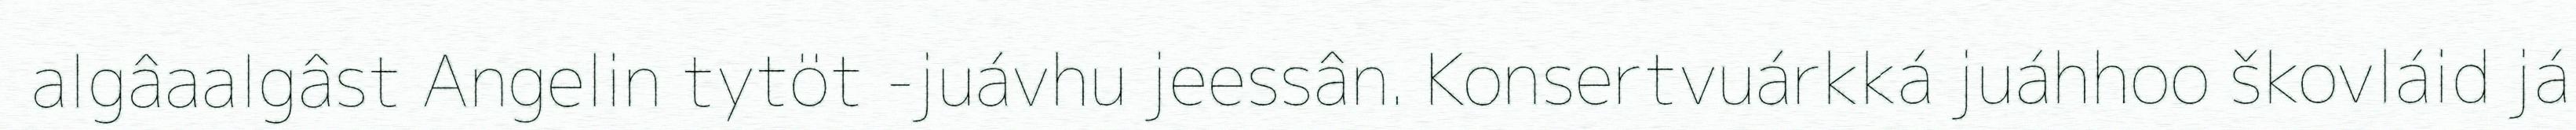
algâaalgâst Angelin tytöt -juávhu jeessân. Konsertvuárkká juáhhoo škovláid já